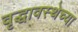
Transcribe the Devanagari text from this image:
वृद्धावस्थेच्या